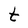
Character: t